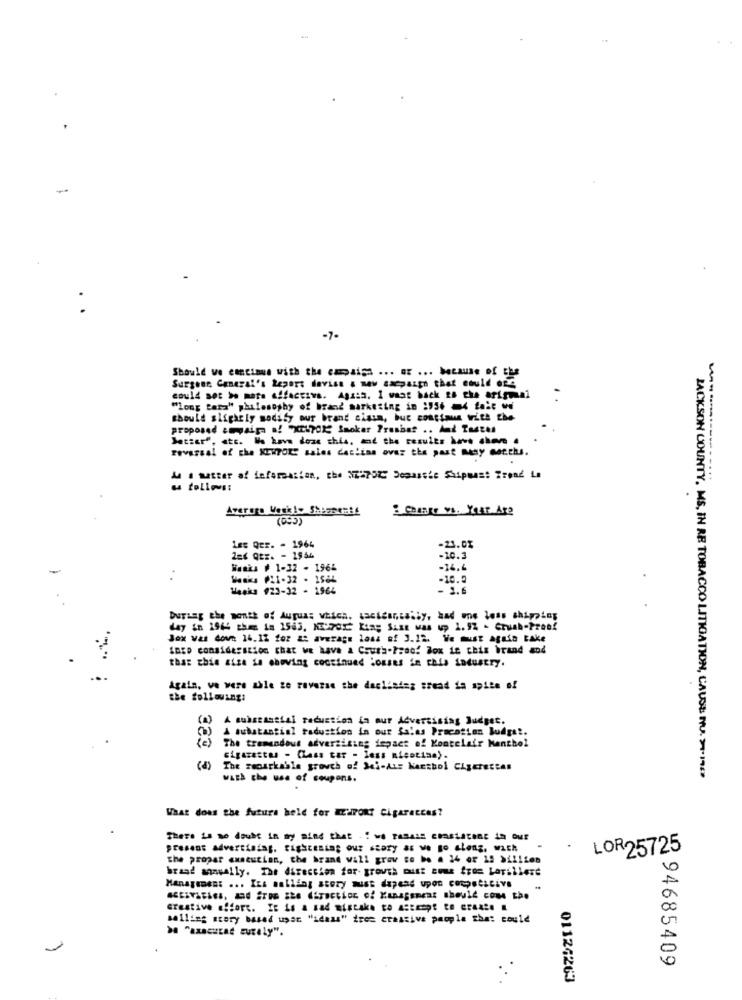
-7-
Should we cantimus with the campaign ... or ... because of the
Surgeon General's Report davise & new campaign that could ers
could not be mate affaccivs. Agata. I want back 2a che arigual
"long tarz" philosophy of brand marketing in 1956 =4 fait wi
should slightly modify our brand cisim, but continue with the
proposed ampsia af X2170k Smoker Preshar .. And Tastes
Satser", etc. Mo kova doze this, and the results ... .. .
revassal of the NEWPORC sales dacitas over the past may wechs.
as follows:
Average Veskle SHBaremSE
(099)
Les Qer. - 1964
-23.0%
2es Qtz. - 1946
-10.3
-
Matka # 1-32 - 1966
-14.4
Masks #21-32 . 2586
-10.0
Weeks #23-32 - 1964
- 1.6
Bursag the month of Augua; which. Lacicantally, kad me less shipping
day in 1964 then ia 1583, Ku'Por King Sist was up 1.97 - Crush-Free!
Jox was down 16.12 for at average loss of 3.12. We must agata take
InED consideration that we have a Couth-Prac! Box ie this brand and
that this aise se choving continued Houses in chis industry.
Again, ve were able ze ravesas the daslistas sread in spite of
the following:
A substantial reduction in our Advertising Judges.
A substantial tadustion in our Sales Procation Budget.
The tremendous advertising impact of Montelair Menthol
cigarettes - Class tar - less nicotina).
The roostkable grouch of Jai-Ais Nanthol Clyerectas
wach the use of coupons.
JACKSON COUNTY. MS, IN RE TOBACCO LITIGATION, CAUSE NU. >-1969
What doas the future held for EXPORT Cigaraccas?
There is no doubt in my mind that .: we Tasais constatons in our
present advertising. tightening our story as we go along, wach
LOR25725
The propar axseutian, the brand will grov to be . 14 or 15 Million
brand annually. The direction for growth must come from LaTillere
Management ... Its salling story must depend upon corpsescive
creative effort. It is a sad mistake to Astenpt to Create .
sailing story based upon "idass" ires creative people that could
> "axaca surely".
94685409
01124263